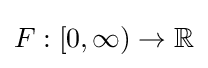
F:[0,\infty )\to \mathbb {R}